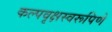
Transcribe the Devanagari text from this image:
कल्पवृक्षस्वरूपिणे